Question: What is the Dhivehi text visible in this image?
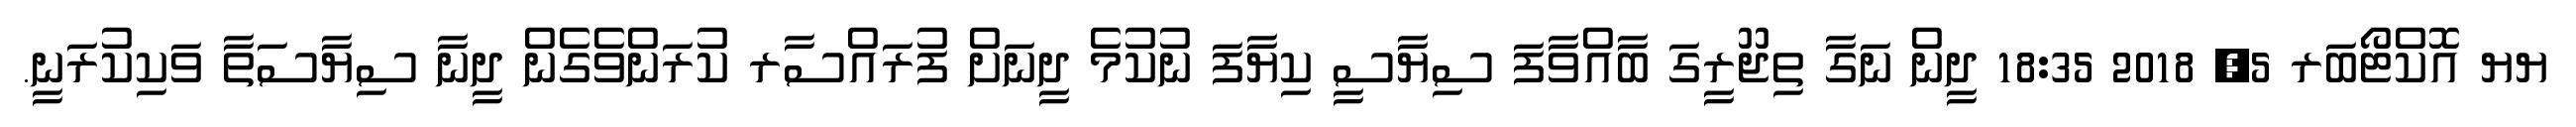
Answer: ޔޔ އޮކްޓޯބަރ 5, 2018 18:35 ދީން ނަގާ ތިޖޫރީގަ ބާއްވާފަ ސިޔާސީ ކިޔާފަ ނުކުމެ ދީނަށް ފުރައްސާރ ކުރަންވެގެން ދީނާ ސިޔާސަތާ ވަކިކުރަނީ.